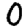
Digit: 0